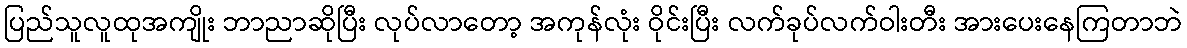
ပြည်သူလူထုအကျိုး ဘာညာဆိုပြီး လုပ်လာတော့ အကုန်လုံး ဝိုင်းပြီး လက်ခုပ်လက်ဝါးတီး အားပေးနေကြတာဘဲ